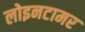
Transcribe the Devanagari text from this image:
लोइनटामर